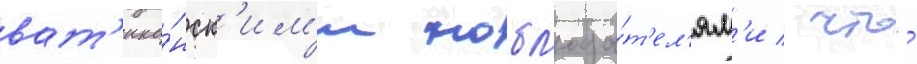
ват'ика́нск'им'и набл'юда́т'ел'ям'и / что́